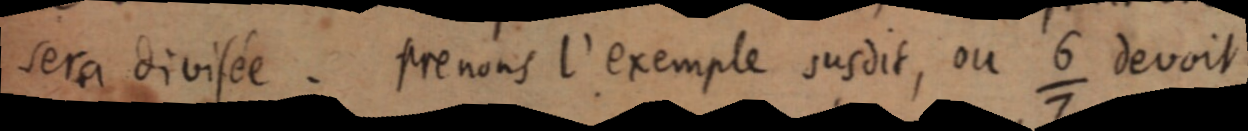
sera divisée. Prenons l’exemple susdit, ou ⁶⁄₇ devoit